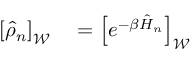
\begin{array} { r l } { \left[ \hat { \rho } _ { n } \right] _ { \mathcal { W } } } & { { } = \left[ e ^ { - \beta \hat { H } _ { n } } \right] _ { \mathcal { W } } } \end{array}